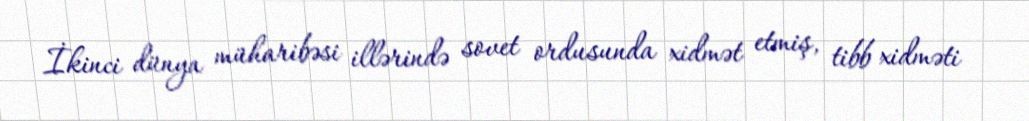
İkinci dünya müharibəsi illərində sovet ordusunda xidmət etmiş, tibb xidməti